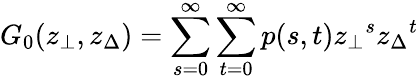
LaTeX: G_{0}(z_{\bot},z_{\Delta})=\sum_{s=0}^{\infty}\sum_{t=0}^{\infty}p(s,t){z_{\bot}}^{s}{z_{\Delta}}^{t}